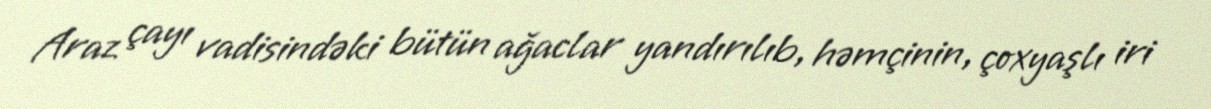
Araz çayı vadisindəki bütün ağaclar yandırılıb, həmçinin, çoxyaşlı iri